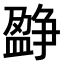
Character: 𤔷